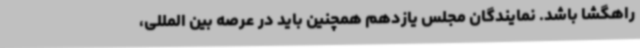
راهگشا باشد. نمایندگان مجلس یازدهم همچنین باید در عرصه بین المللی،